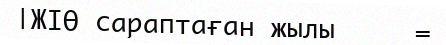
|ЖІӨ сараптаған жылы     =